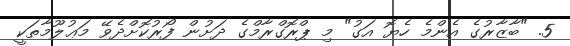
5. "ބާޒާރުގެ އެންމެ ހެޔޮ އަގު" މި ޕްރޮގްރާމްގެ ދަށުން ފޯރުކޮށްދެވޭ މަޢުލޫމާތަކީ